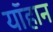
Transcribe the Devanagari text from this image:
यॉहान